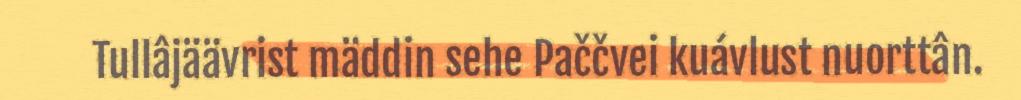
Tullâjäävrist mäddin sehe Paččvei kuávlust nuorttân.